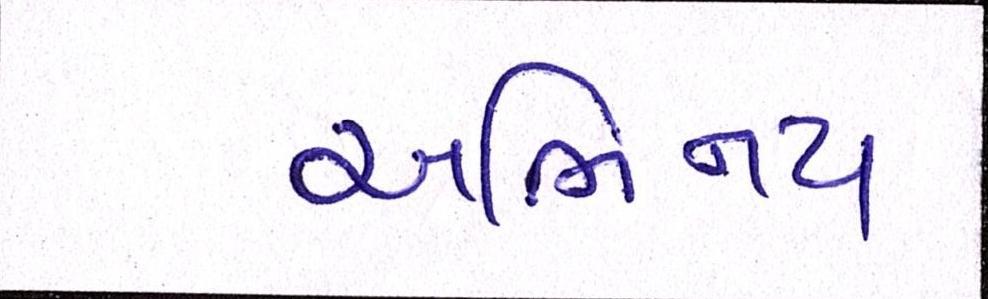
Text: અભિનય